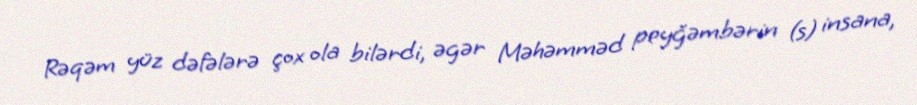
Rəqəm yüz dəfələrə çox ola bilərdi, əgər Məhəmməd peyğəmbərin (s) insana,